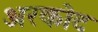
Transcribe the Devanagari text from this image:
अरकोट